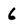
Character: 6